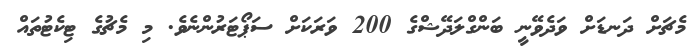
މެޗަށް ދަނޑަށް ވަދެވޭނީ ބަންގްލަދޭޝްގެ 200 ވަރަކަށް ސަޕޯޓަރުންނެވެ. މި މެޗުގެ ޓިކެޓުތައް